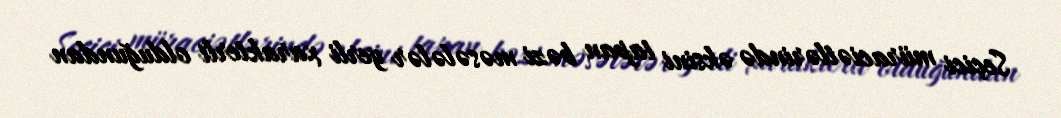
Seçici müraciətlərində əksini tapan bəzi məsələlər yerli xarakterli olduğundan